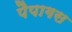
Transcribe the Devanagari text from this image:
पैपागस